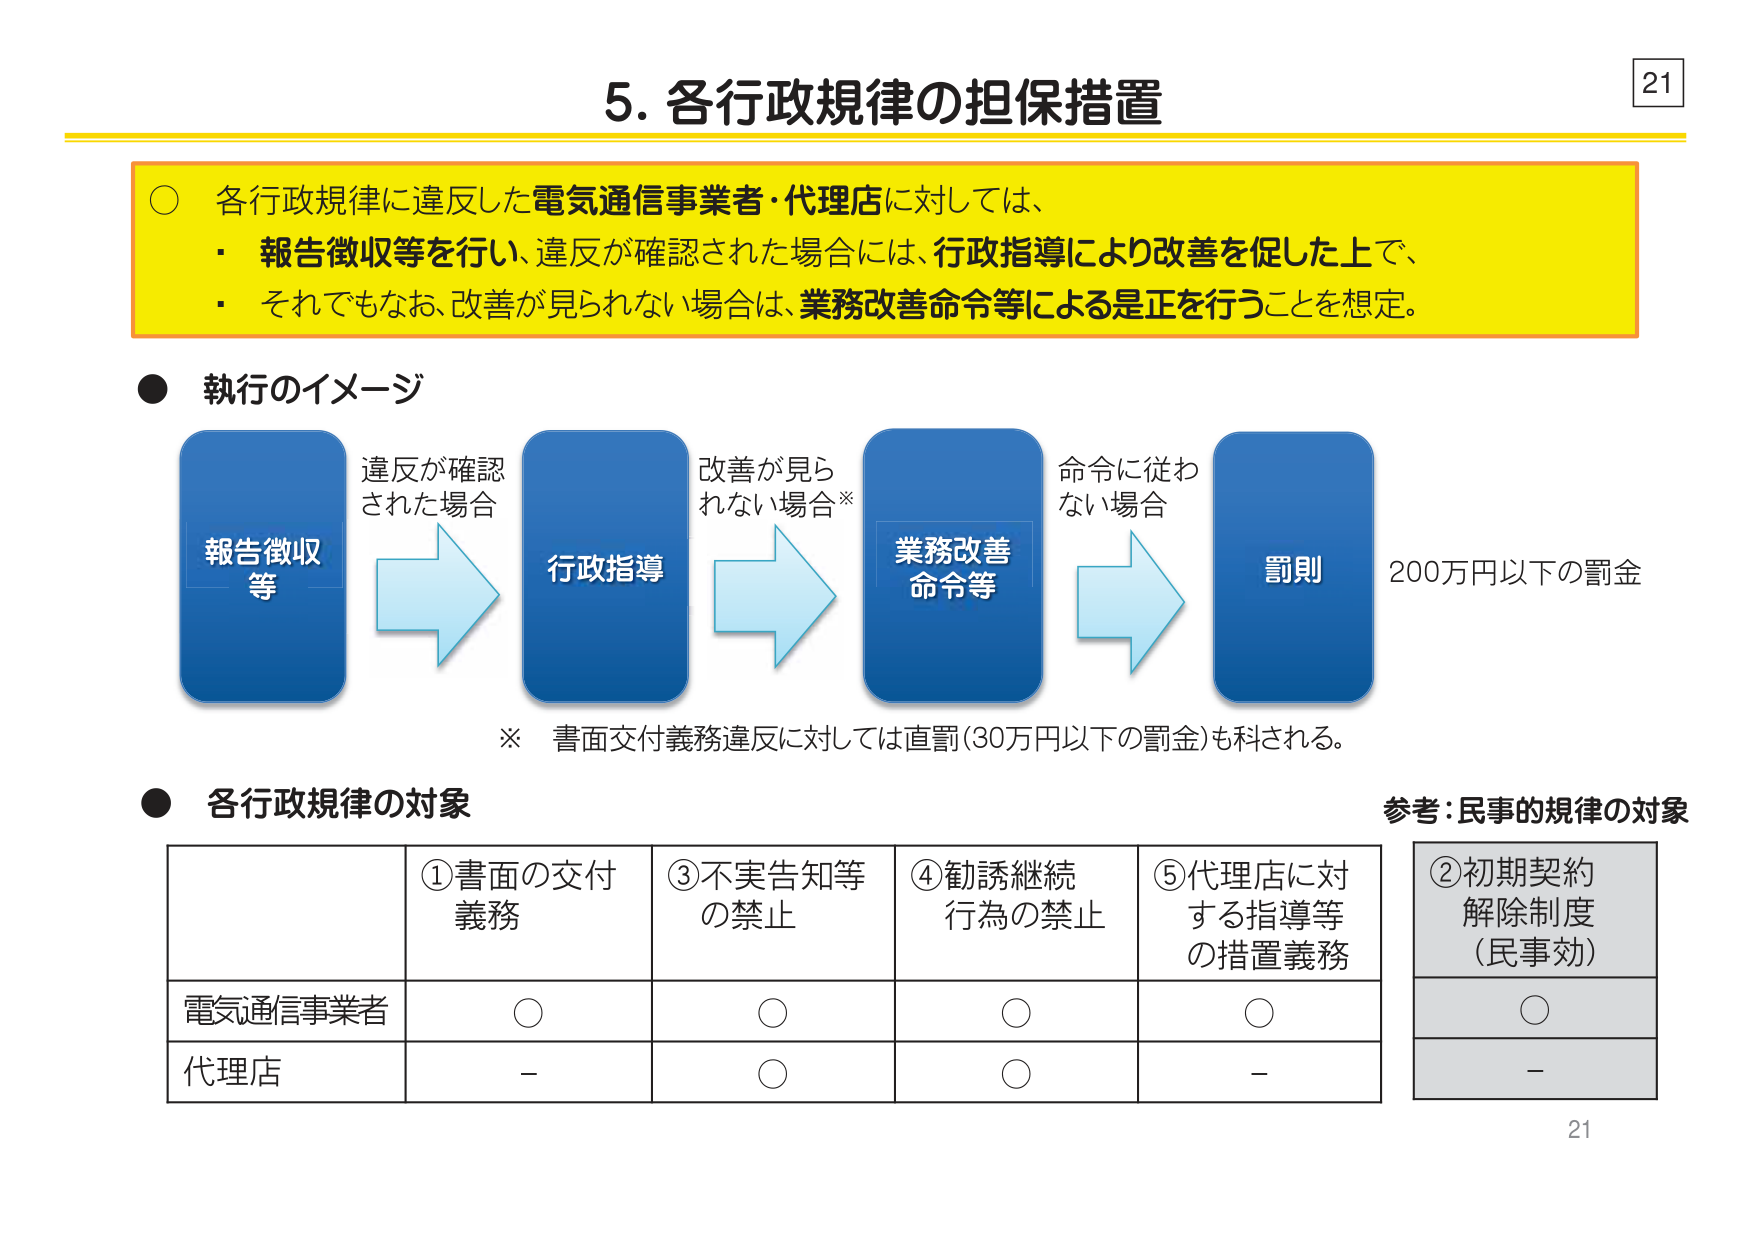
5. 各行政規律の担保措置

○ 各行政規律に違反した電気通信事業者・代理店に対しては、
・ 報告徴収等を行い、違反が確認された場合には、行政指導により改善を促した上で、
・ それでもなお、改善が見られない場合は、業務改善命令等による是正を行うことを想定。

● 執行のイメージ
報告徴収等 → 違反が確認された場合 → 行政指導 → 改善が見られない場合※ → 業務改善命令等 → 命令に従わない場合 → 罰則 200万円以下の罰金

※ 書面交付義務違反に対しては直罰（30万円以下の罰金）も科される。

● 各行政規律の対象

| | ①書面の交付義務 | ③不実告知等の禁止 | ④勧誘継続行為の禁止 | ⑤代理店に対する指導等の措置義務 |
|---|---|---|---|---|
| 電気通信事業者 | ○ | ○ | ○ | ○ |
| 代理店 | － | ○ | ○ | － |

参考：民事的規律の対象
②初期契約解除制度（民事効）
○
－

21